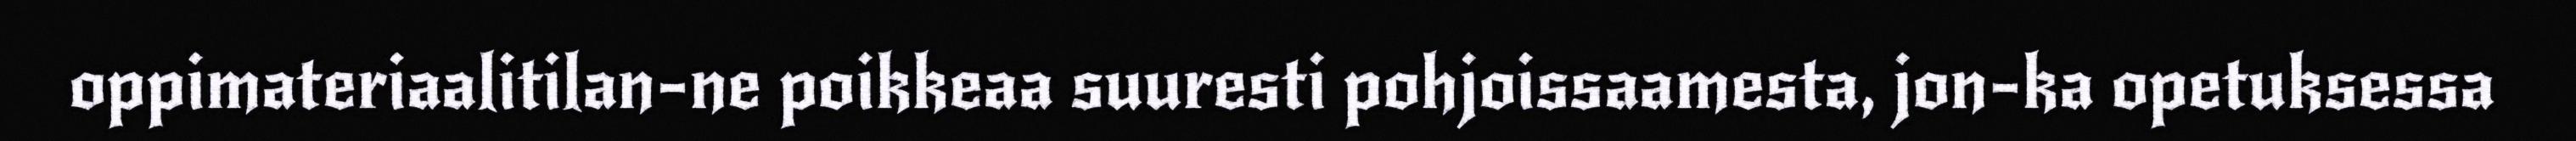
oppimateriaalitilan-ne poikkeaa suuresti pohjoissaamesta, jon-ka opetuksessa